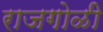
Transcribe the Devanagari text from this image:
राजगोळी